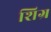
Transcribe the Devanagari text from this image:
शिग्र